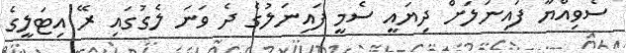
ސެވިއްޔާ ފައިނަލަށް ދިޔައީ ސެމީ ފައިނަލުގެ ދެ ވަނަ ލެގުގައި ރޭ އިޓަލީގެ